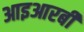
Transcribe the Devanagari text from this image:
आइआरबी